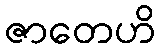
ဇာတေဟိ